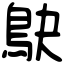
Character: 鴃